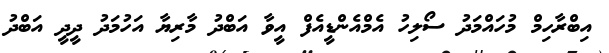
އިބްރާހިމް މުހައްމަދު ސޯލިހު އެމްއެންޑީއެފް އީވާ އަބްދު މާރިޔާ އަހުމަދު ދީދީ އަބްދު